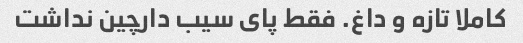
کاملا تازه و داغ. فقط پای سیب دارچین نداشت